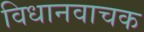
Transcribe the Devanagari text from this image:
विधानवाचक